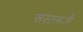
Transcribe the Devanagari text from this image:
रूस्‍तमजी